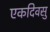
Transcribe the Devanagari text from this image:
एकदिवसु